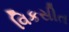
વિકસીત